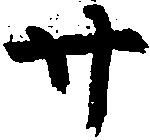
廿